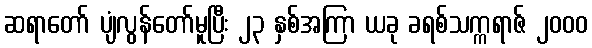
ဆရာတော် ပျံလွန်တော်မူပြီး ၂၃ နှစ်အကြာ ယခု ခရစ်သက္ကရာဇ် ၂၀၀၀